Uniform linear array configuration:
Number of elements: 4
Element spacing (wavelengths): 0.75
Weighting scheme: hamming
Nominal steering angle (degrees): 30
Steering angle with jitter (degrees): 31.785
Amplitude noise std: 0.05
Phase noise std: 0.05

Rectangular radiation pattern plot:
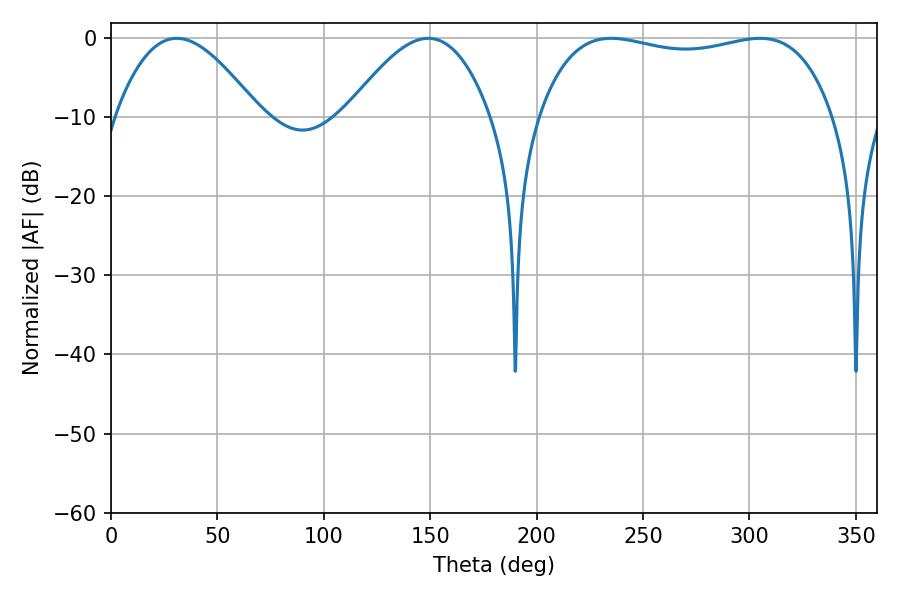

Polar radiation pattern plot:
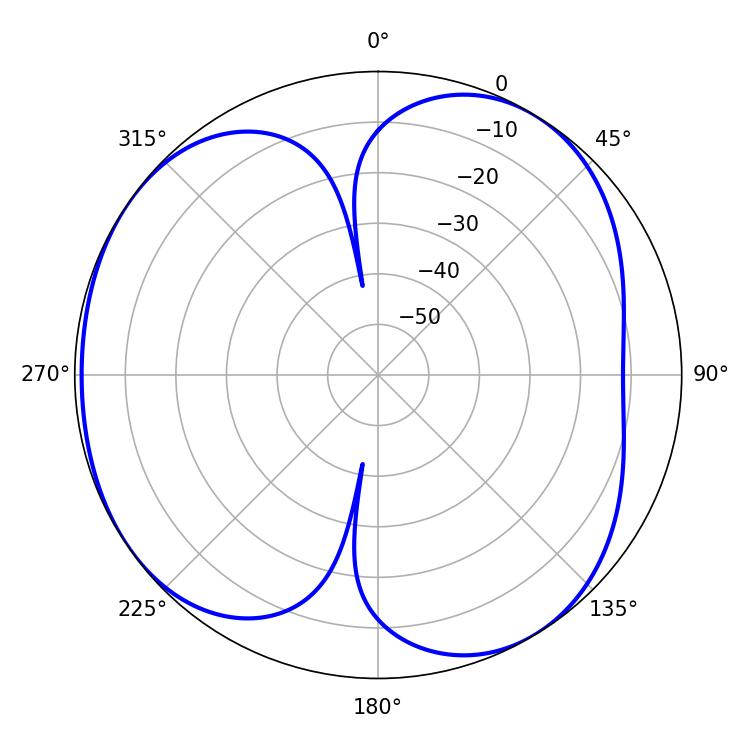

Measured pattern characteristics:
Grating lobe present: TRUE
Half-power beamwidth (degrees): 36.54
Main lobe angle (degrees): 30.96